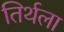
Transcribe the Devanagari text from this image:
तिर्थला